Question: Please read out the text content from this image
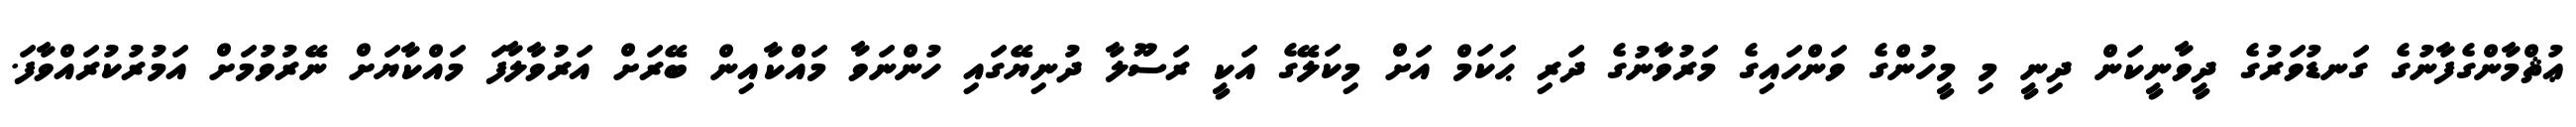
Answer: ޢުޘްމާންގެފާނުގެ ގަނޑުވަރުގެ ދީވާނީކަން ދިނީ މި މީހުންގެ ވަންހައިގެ މަރުވާނުގެ ދަރި ޙަކަމް އަށް މިކަލޭގެ އަކީ ރަސޫލާ ދުނިޔޭގައި ހުންނަވާ މައްކާއިން ބޭރަށް އަރުވާލާފަ މައްކާޔަށް ނޭރުވުމަށް އަމުރުކުރައްވާފަ.